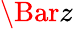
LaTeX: \Bar{z}